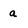
Character: a